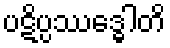
ပဋိပ္ပဿဒ္ဓေါတိ